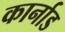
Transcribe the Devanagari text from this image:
कार्नाड